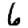
Digit: 6